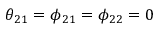
\theta _ { 2 1 } = \phi _ { 2 1 } = \phi _ { 2 2 } = 0